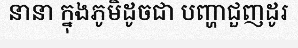
នានា ក្នុងភូមិដូចជា បញ្ហាជួញដូរ